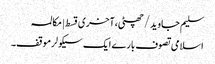
سلیم جاوید/چھٹی،آخری قسط | مکالمہ
اسلامی تصوف بارے ایک سیکولرموقف۔